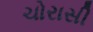
ચોરાસી